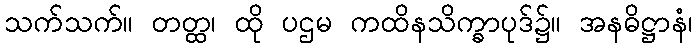
သက်သက်။ တတ္ထ၊ ထို ပဌမ ကထိနသိက္ခာပုဒ်၌။ အနဓိဋ္ဌာနံ၊